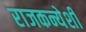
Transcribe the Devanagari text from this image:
राजकन्येशीं